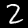
Label: 2